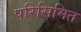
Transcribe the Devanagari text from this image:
परिसिमित